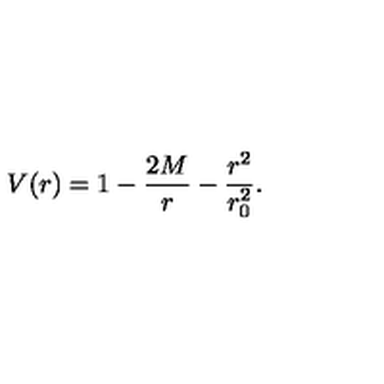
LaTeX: V ( r ) = 1 - \frac { 2 M } { r } - \frac { r ^ { 2 } } { r _ { 0 } ^ { 2 } } .